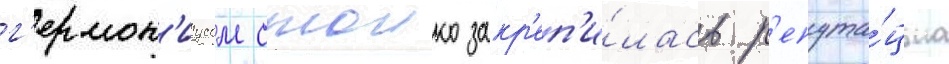
г'ермон'иусом стоико закр'еп'и́лась р'епута́циа